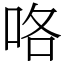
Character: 咯